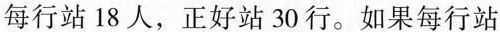
每行站18人，正好站30行。如果每行站